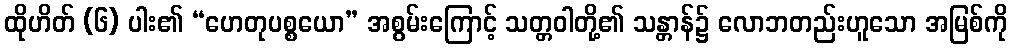
ထိုဟိတ် (၆) ပါး၏ “ဟေတုပစ္စယော” အစွမ်းကြောင့် သတ္တဝါတို့၏ သန္တာန်၌ လောဘတည်းဟူသော အမြစ်ကို